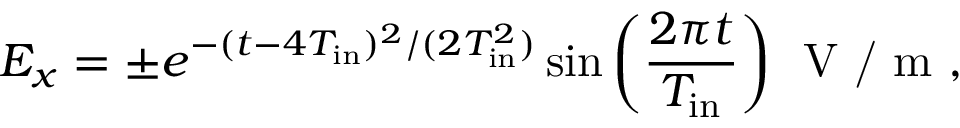
E _ { x } = \pm e ^ { - ( t - 4 T _ { \mathrm { i n } } ) ^ { 2 } / ( 2 T _ { \mathrm { i n } } ^ { 2 } ) } \sin { \left( \frac { 2 \pi t } { T _ { \mathrm { i n } } } \right) } ~ \textrm { V / m } ,